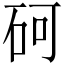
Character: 砢